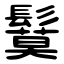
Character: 鬕